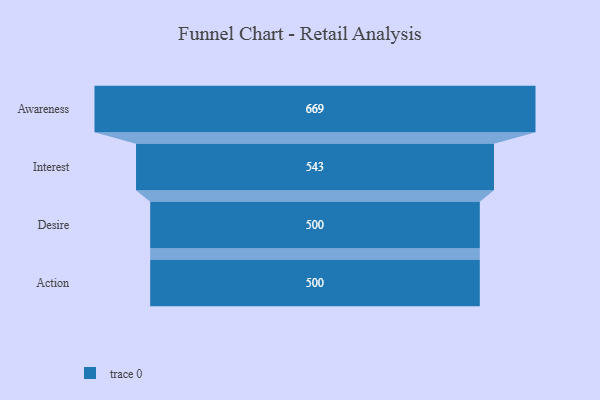
{"axis": {"x": "Stage", "y": "Value"}, "legend": [""], "data": [{"x": "Awareness", "y": 669.0, "type": ""}, {"x": "Interest", "y": 543.0, "type": ""}, {"x": "Desire", "y": 500, "type": ""}, {"x": "Action", "y": 500, "type": ""}]}